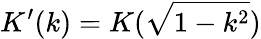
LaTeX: K^{\prime}(k)=K(\sqrt{1-k^{2}})